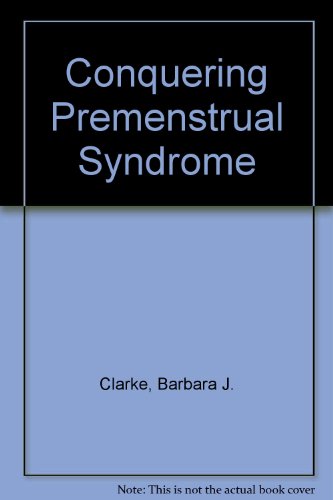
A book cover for Conquering Pre-Menstrual Syndrome; Barbara Clarke; Health, Fitness & Dieting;